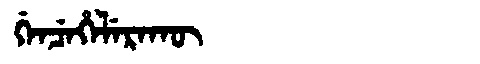
Manchu: ᡤᡝᠨᠴᡝᡥᡝᠯᡝᡵᠠᡴᡡ
Romanization: GENCEHELERAKŪ